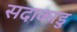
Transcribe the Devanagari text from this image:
सदाकाडु